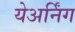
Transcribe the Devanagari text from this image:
येअर्निंग